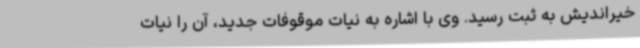
خیراندیش به ثبت رسید. وی با اشاره به نیات موقوفات جدید، آن را نیات